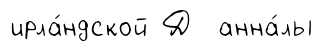
ирла́ндской Д анна́лы